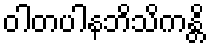
ဝါတပါနဘိသိကန္တိ